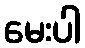
မေးပါ